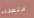
منطقته